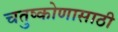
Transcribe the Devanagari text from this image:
चतुष्कोणासाठी